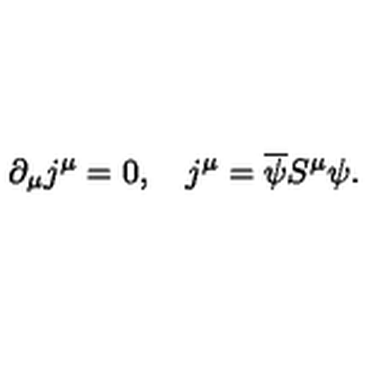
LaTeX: \partial _ { \mu } j ^ { \mu } = 0 , \quad j ^ { \mu } = \overline { \psi } S ^ { \mu } \psi .